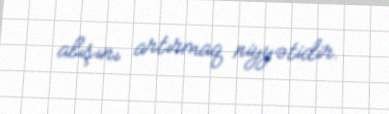
alışını artırmaq niyyətidir.